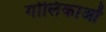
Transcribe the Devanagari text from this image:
गोलिकाओं